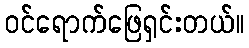
ဝင်ရောက်ဖြေရှင်းတယ်။